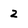
Character: 2